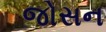
જોસન